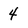
Character: 4